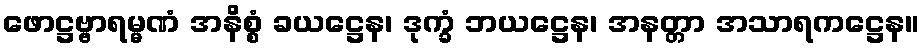
ဖောဋ္ဌဗ္ဗာရမ္မဏံ အနိစ္စံ ခယဋ္ဌေန၊ ဒုက္ခံ ဘယဋ္ဌေန၊ အနတ္တာ အသာရကဋ္ဌေန။